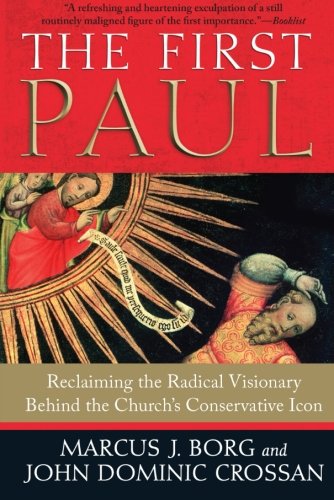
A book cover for The First Paul: Reclaiming the Radical Visionary Behind the Church's Conservative Icon; Marcus J. Borg; Christian Books & Bibles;